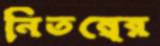
নিতম্বের